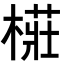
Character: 𭫨